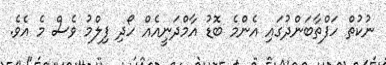
ނުކުތް ހަފްތާބަންދުގައި އެންމެ ބޮޑު އާމްދަނީއެއް ހޯދި ފިލްމު ވެސް މެ އެވެ.